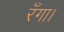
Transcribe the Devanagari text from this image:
रँगा।